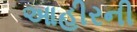
આહીરની